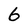
Character: 6